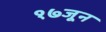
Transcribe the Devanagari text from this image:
१७जून